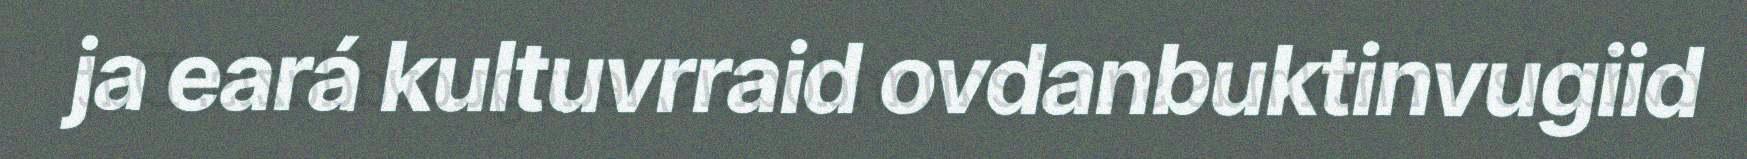
ja eará kultuvrraid ovdanbuktinvugiid